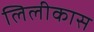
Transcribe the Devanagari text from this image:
लिलीकास